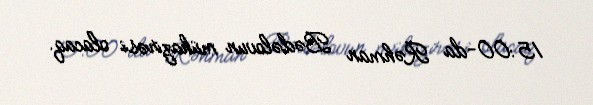
15:00-da Rəhman Bədəlovun mühazirəsi olacaq.